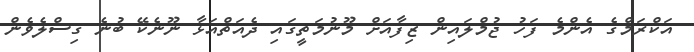
އަކްރަމްގެ އެންމެ ފަހު ޖުމްލައިން ޒިފާއަށް މޫނުމަތީގައި ދެއަތްއަޅާ ނޫނެކޭ ބުނެ ގިސްލެވެން